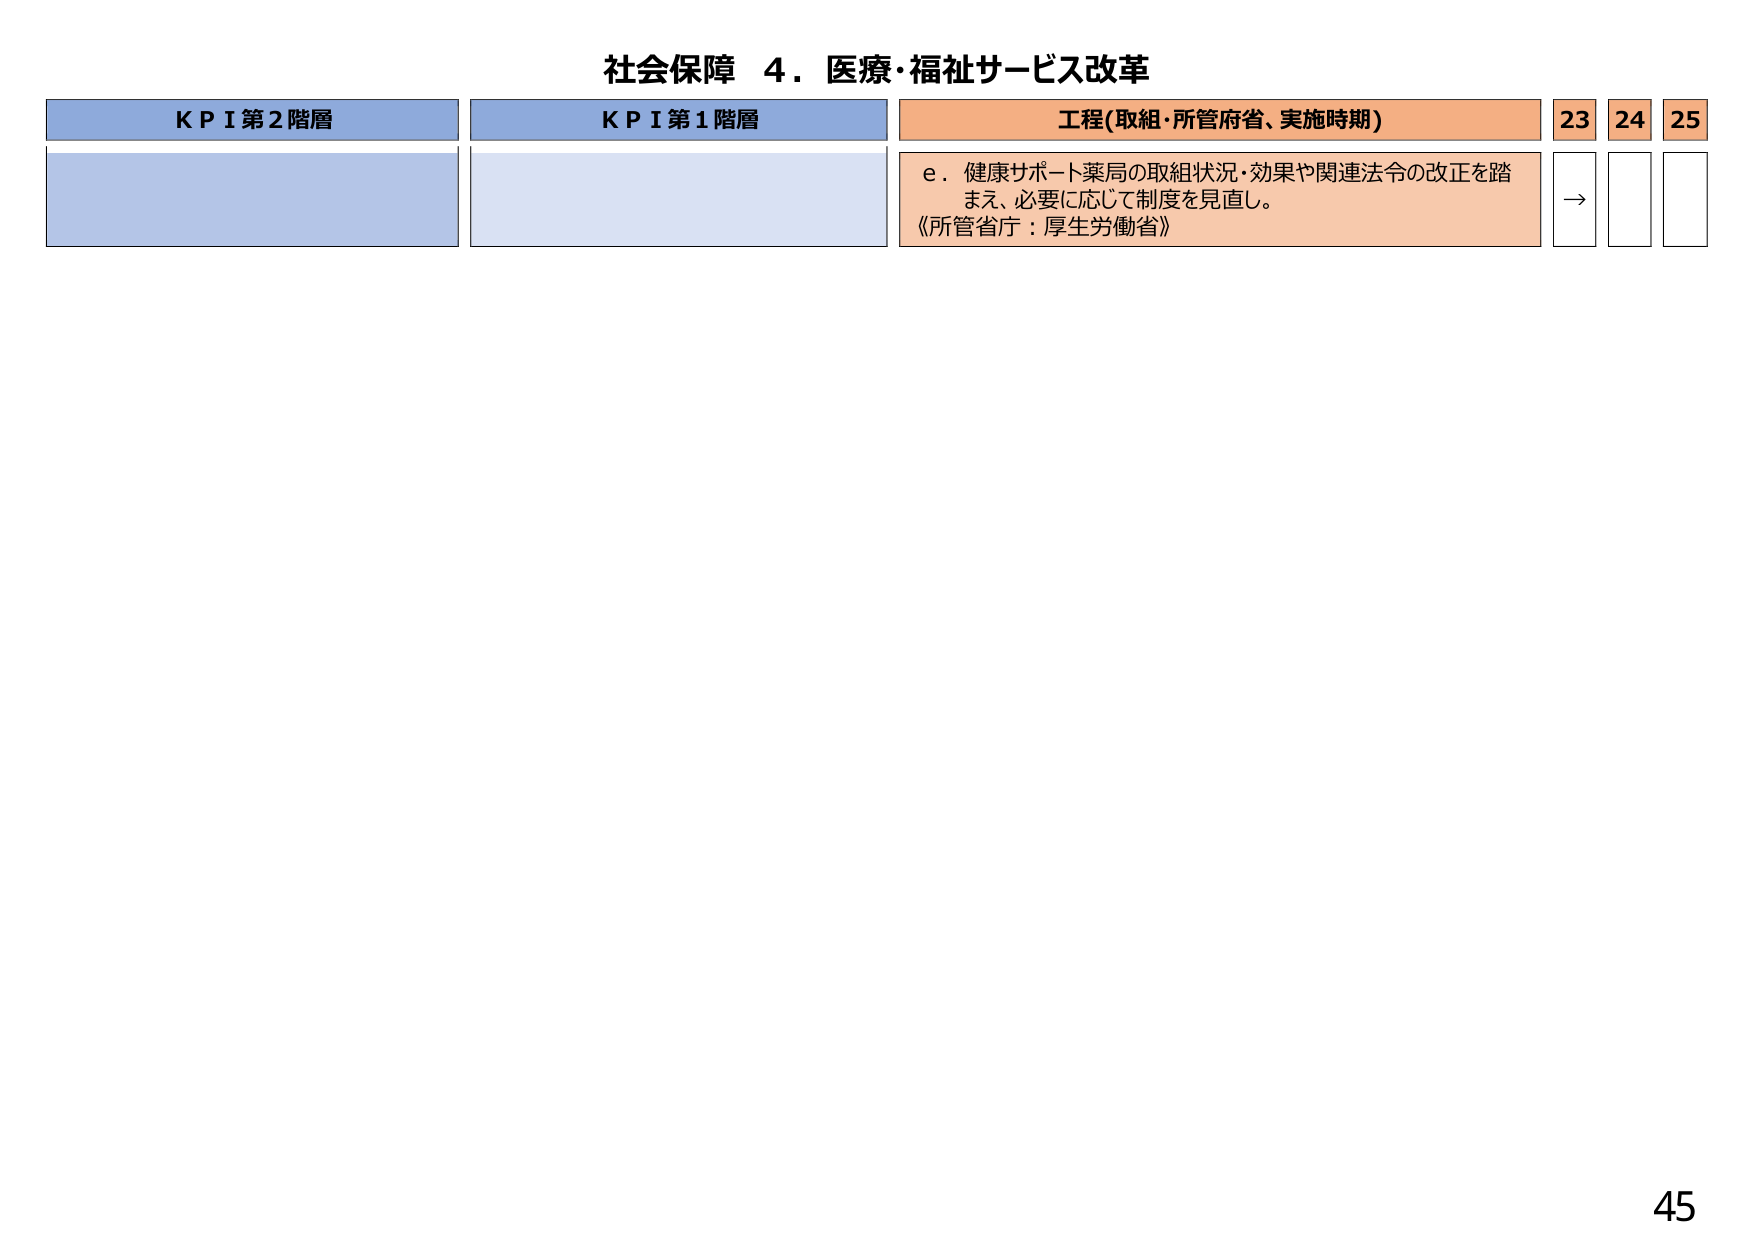
社会保障 4．医療・福祉サービス改革

K P I 第2階層
K P I 第1階層
工程(取組・所管府省、実施時期)
23 24 25

e．健康サポート薬局の取組状況・効果や関連法令の改正を踏
まえ、必要に応じて制度を見直し。
《所管省庁：厚生労働省》
→

45